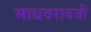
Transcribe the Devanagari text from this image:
माधवरावजी